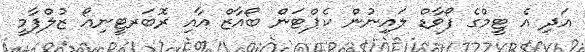
އަދި އެ ޓީމްގެ ފޯވާޑް ލައިނުން ކެޕްޓަން ބޯއާޒް އާއި ރޮބަރޓީނިއޯ ޒުލްފާމީ